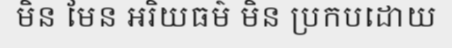
មិន មែន អរិយធម៌ មិន ប្រកបដោយ